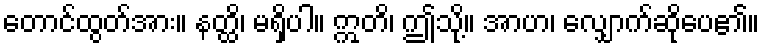
တောင်ထွတ်အား။ နတ္ထိ၊ မရှိပါ။ ဣတိ၊ ဤသို့။ အာဟ၊ လျှောက်ဆိုပေ၏။